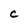
Character: C